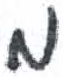
אות: מ